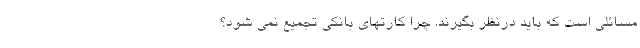
مسائلی است که باید درنظر بگیرند. چرا کارتهای بانکی تجمیع نمی‌ شود؟